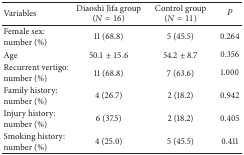
<table><thead><tr><td><b>Variables</b></td><td><b>Diaoshi Jifa group (<i>N</i> = 16)</b></td><td><b>Control group (<i>N</i> = 11)</b></td><td><b><i>P</i></b></td></tr></thead><tbody><tr><td>Female sex: number (%)</td><td>11 (68.8)</td><td>5 (45.5)</td><td>0.264</td></tr><tr><td>Age</td><td>50.1 ± 15.6</td><td>54.2 ± 8.7</td><td>0.356</td></tr><tr><td>Recurrent vertigo: number (%)</td><td>11 (68.8)</td><td>7 (63.6)</td><td>1.000</td></tr><tr><td>Family history: number (%)</td><td>4 (26.7)</td><td>2 (18.2)</td><td>0.942</td></tr><tr><td>Injury history: number (%)</td><td>6 (37.5)</td><td>2 (18.2)</td><td>0.405</td></tr><tr><td>Smoking history: number (%)</td><td>4 (25.0)</td><td>5 (45.5)</td><td>0.411</td></tr></tbody></table>